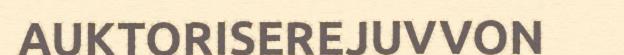
AUKTORISEREJUVVON